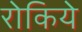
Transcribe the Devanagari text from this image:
रोकिये